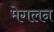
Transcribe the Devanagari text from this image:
मेगलन